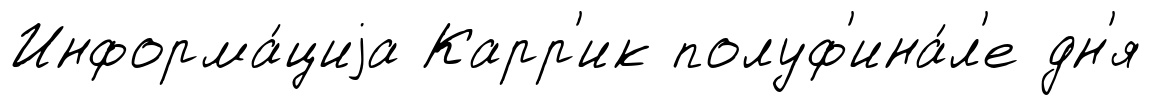
Информа́циjа Карр'ик полуф'ина́л'е дн'я